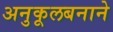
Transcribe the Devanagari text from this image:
अनुकूलबनाने